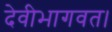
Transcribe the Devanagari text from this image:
देवीभागवत।